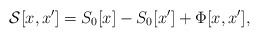
\begin{align*}{\cal{S}} [x,x'] = S_{0}[x] - S_{0}[x'] + \Phi [x,x'] ,\end{align*}